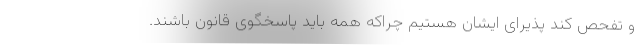
و تفحص کند پذیرای ایشان هستیم چراکه همه باید پاسخگوی قانون باشند.